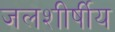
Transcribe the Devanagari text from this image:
जलशीर्षीय